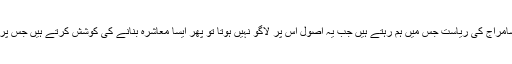
دوسرے الفاظ، اسلامی سامراج کی ریاست جس میں ہم رہتے ہیں جب یہ اصول اس پر لاگو نہیں ہوتا تو پھر ایسا معاشرہ بنانے کی کوشش کرتے ہیں جس پر یہ اصول لاگو ہوتا ہے۔